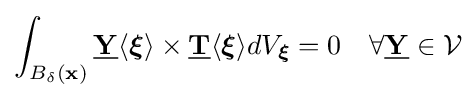
\int _{B_{\delta }({\bf {x}})}{\underline {\mathbf {Y} }}\langle {\boldsymbol {\xi }}\rangle \times {\underline {\mathbf {T} }}\langle {\boldsymbol {\xi }}\rangle dV_{\boldsymbol {\xi }}=0\quad \forall {\underline {\mathbf {Y} }}\in {\mathcal {V}}